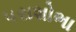
પરાશોભા